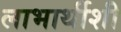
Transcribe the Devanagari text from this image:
लाभार्थीशी